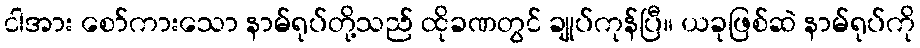
ငါအား စော်ကားသော နာမ်ရုပ်တို့သည် ထိုခဏတွင် ချုပ်ကုန်ပြီ။ ယခုဖြစ်ဆဲ နာမ်ရုပ်ကို